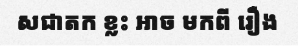
សជាតក ខ្លះ អាច មកពី រឿង